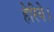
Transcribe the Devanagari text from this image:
हेरिये।